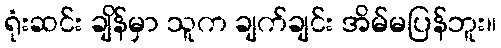
ရုံးဆင်း ချိန်မှာ သူက ချက်ချင်း အိမ်မပြန်ဘူး။